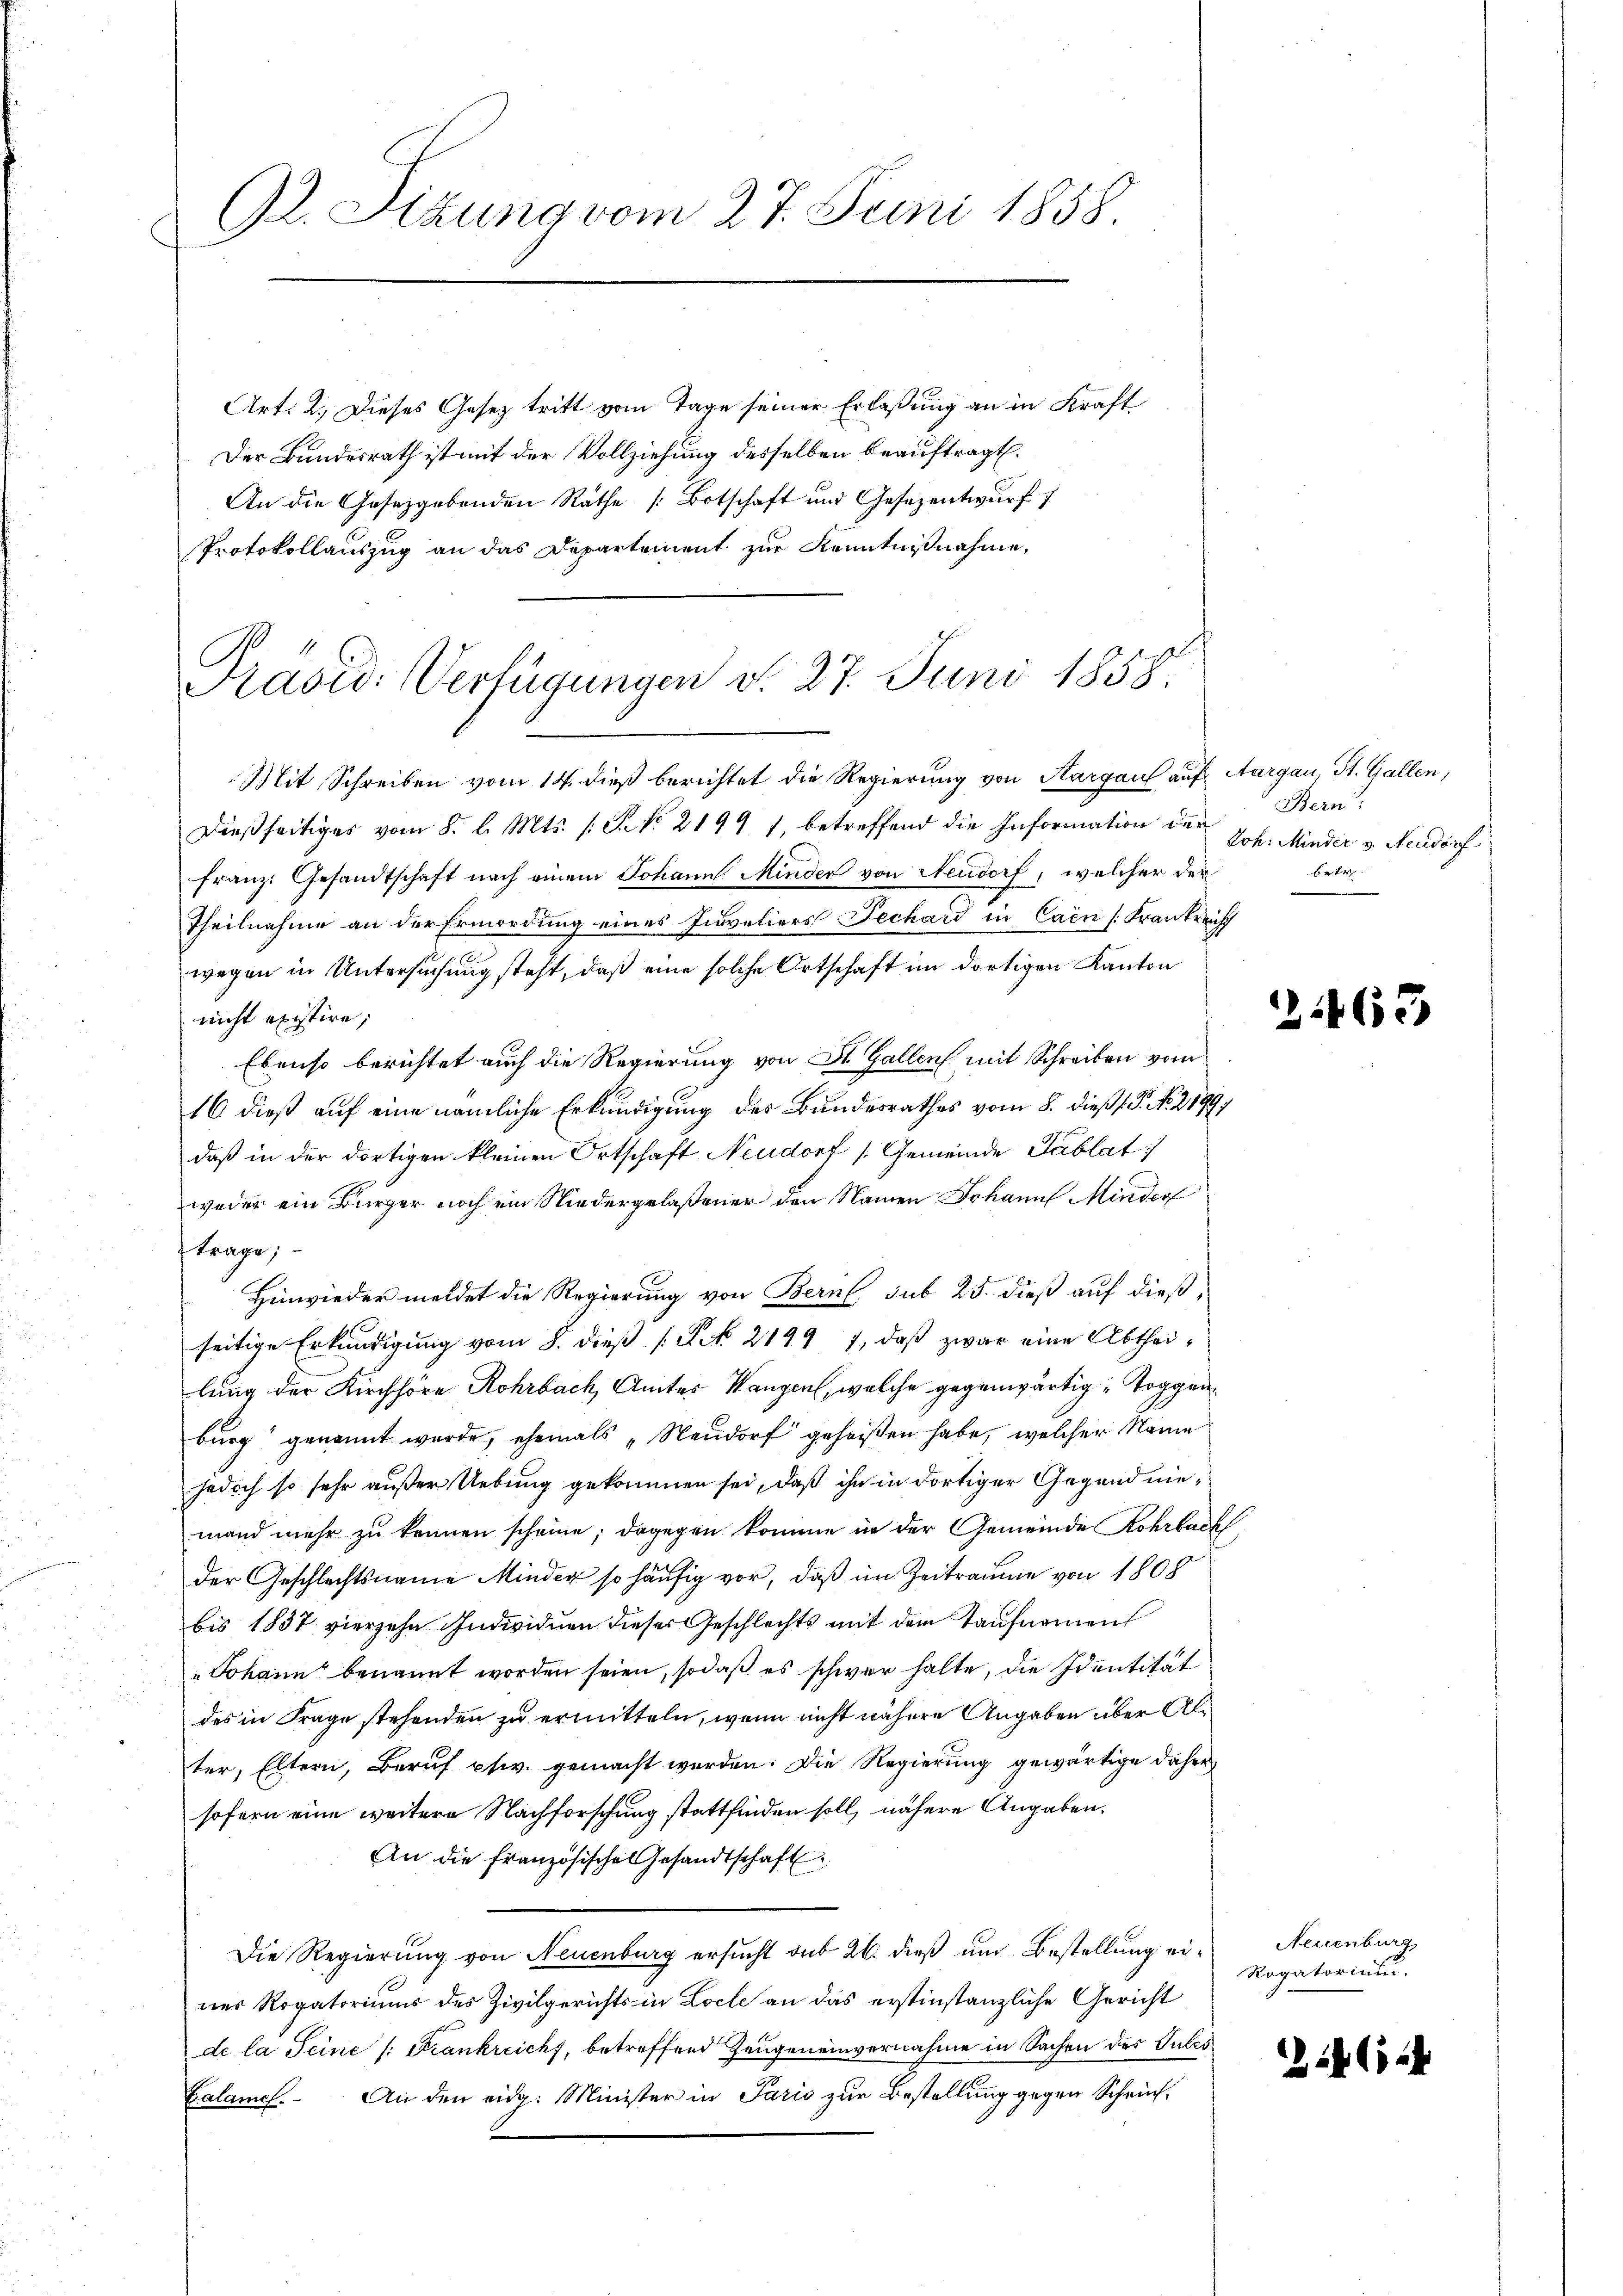
G. Sizung vom 27. Juni 1858.

Art. 2. Dieses Gesetz tritt vom Tage seiner Erlaßung an in Kraft
Der Bundesrath ist mit der Vollziehung desselben beauftragt.
An die Gesetzgebenden Räthe Botschaft und Gesezentwurf
Protokollauszug an das Departement zur Kenntnißnahme,

Pravid: Verfügungen d. 27. Juni 1858.
Mit Schreiben vom 14. dieß berichtet die Regierung von Aargau auf Aargau, St. Gallen,

dießseitiges vom 8. l. Mts. s. S. Nr. 2199), betreffend die Information der
Franz. Gesandtschaft nach einem Johann Minder von Neudorf, welcher der
Theilnahme an der Ermordung eines Invaliers Fechard in Caen /: Frankreicht
wegen in Untersuchung steht, daß eine solche Ortschaft im dortigen Kanton
nicht existire,
Ebenso berichtet auch die Regierung von St. Gallen, mit Schreiben vom
16 dieß auf eine nämliche Erkundigung des Bundesrathes vom 8. dieß (.P. No. 2199)
daß in der dortigen kleinen Ortschaft Neudorf [Gemeinde Tablat
weder ein Bürger noch ein Niedergelaßener den Namen Johann Minder
trage;
Hinwieder meldet die Regierung von Bern sub 25. dieß auf dießseitige Erkundigŭng vom 8. dieβ (S. 2199 7, daβ zwar eine Abtheilung der Kirchhöre Rohrbach, Amtes Wangen, welche gegenwärtig Toggenburg genannt wurde, ehemals „Neudorf geheißen habe, welcher Name
jedoch so sehr außer Uebung gekommen sei, daß ihn in dortiger Gegend niemand mehr zu können scheine; dagegen komme in der Gemeinde Rohrbach
der Geschlechtsname Minder so häufig vor, daß im Zeitraume von 1808
bis 1837 vierzehn Individuen dieser Geschlechts mit dem Taufnamen
Johann benannt worden seien, sodaß es schwer halte, die Identität
des in Frage stehenden zu ermitteln, wenn nicht nähere Angaben über Alter, Eltern, Beruf etw. gemacht werden. Die Regierung gewärtige daher
sofern eine weitere Nachforschung stattfinden soll, nähere Angaben.
An die französische Gesandtschaft
Die Regierung von Neuenburg ersucht sub 26. dieß um Bestellung ein Neuenburg
nes Rogatoriums des Zivilgerichts in Loche an das erstinstanzliche Gericht
de la Seine /: Frankreicht, betreffend Zeugeneinvernahme in Sachen des Julis
Calame. An den eidg. Minister in Paris zur Bestellung gegen Schrich¬

Bern:
Joh: Minder v. Neudorf
betr.

2463

Ragatorin u.

21464